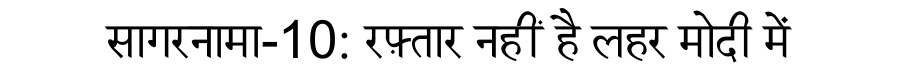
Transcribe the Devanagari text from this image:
सागरनामा-10: रफ़्तार नहीं है लहर मोदी में